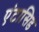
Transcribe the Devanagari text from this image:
एंटासिड